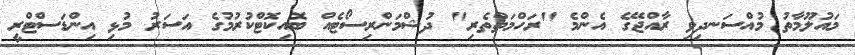
މައުލޫމާތު މުއްސަނދިވި ރާއްޖޭގެ އެންމެ "ރަހްމަތްތެރި" ދުޝްމަންރިސޯޓެއް ބޮއިކޮޓްކުރުމުގެ އަސަރު މުޅި އިންޑަސްޓްރީ